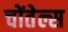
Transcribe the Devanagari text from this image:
चोंतेल्स